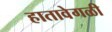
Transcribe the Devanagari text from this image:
हातावेगळी